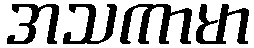
အသကာမာ